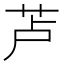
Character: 𱽗